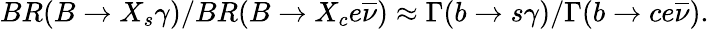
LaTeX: BR(B\rightarrow X_{s}\gamma)/BR(B\rightarrow X_{c}e\overline{{\nu}})\approx\Gamma(b\rightarrow s\gamma)/\Gamma(b\rightarrow ce\overline{{\nu}}).